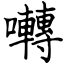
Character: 囀